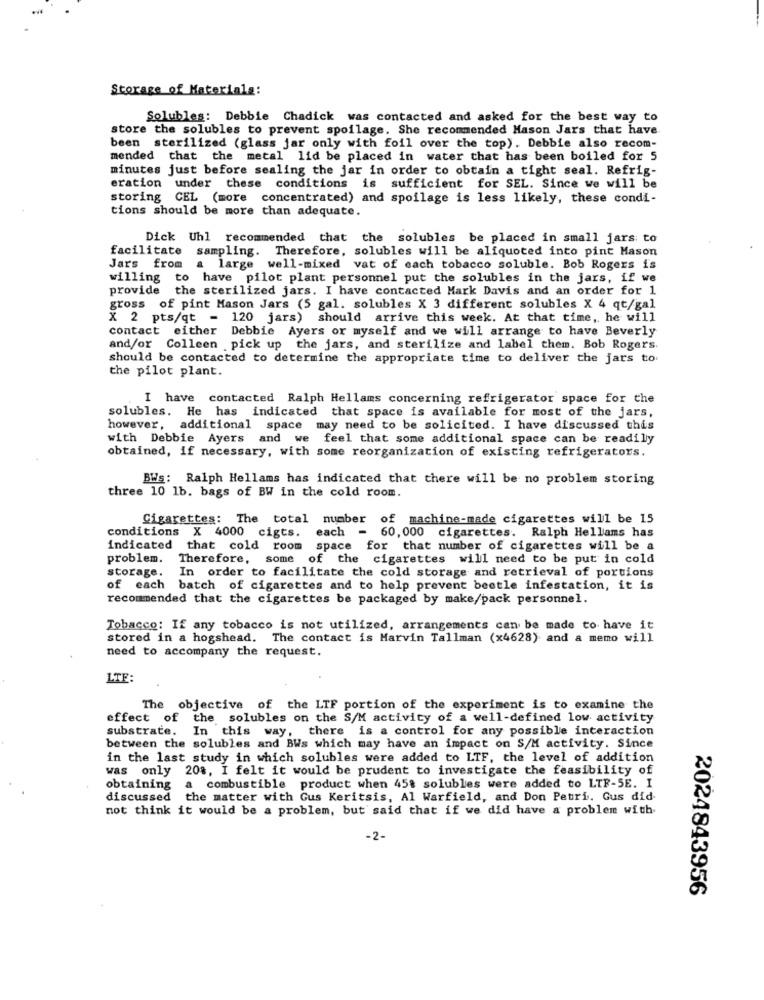
Storage of Materials:
Solubles: Debbie Chadick was contacted and asked for the best way to
store the solubles to prevent spoilage. She recommended Mason Jars that have
been sterilized (glass jar only with foil over the top). Debbie also recom-
mended that the metal lid be placed in water that has been boiled for 5
minutes just before sealing the jar in order to obtain a tight seal. Refrig-
eration under these conditions is sufficient for SEL. Since we will be
storing CEL (more concentrated) and spoilage is less likely, these condi-
tions should be more than adequate.
Dick Uhl recommended that the solubles be placed in small jars: to
facilitate sampling. Therefore, solubles will be aliquoted into pint Mason
Jars from a large well-mixed vat of each tobacco soluble. Bob Rogers is
willing to have pilot plant personnel put the solubles in the jars, if we
provide the sterilized jars. I have contacted Mark Davis and an order for 1
gross of pint Mason Jars (5 gal. solubles X 3 different solubles X 4 qt/gal
X 2 pts/qt = 120 jars) should arrive this week. At that time, he will
contact either Debbie Ayers or myself and we will arrange to have Beverly
and/or Colleen pick up the jars, and sterilize and label them. Bob Rogers.
should be contacted to determine the appropriate time to deliver the jars to.
the pilot plant.
I have contacted Ralph Hellams concerning refrigerator space for the
solubles. He has indicated that space is available for most of the jars,
however, additional space may need to be solicited. I have discussed this
with Debbie Ayers and we feel that some additional space can be readily
obtained, if necessary, with some reorganization of existing refrigerators.
BWs: Ralph Hellams has indicated that there will be no problem storing
three 10 1b. bags of BW in the cold room.
Cigarettes: The total number of machine-made cigarettes will be 15
conditions X 4000 cigts. each - 60,000 cigarettes. Ralph Hellams has
indicated that cold room space for that number of cigarettes will be a
problem.
Therefore, some of the cigarettes will need to be put in cold
storage.
In order to facilitate the cold storage and retrieval of portions
of each batch of cigarettes and to help prevent beetle infestation, it is
recommended that the cigarettes be packaged by make/pack personnel.
Tobacco: If any tobacco is not utilized, arrangements can be made to have it
stored in a hogshead. The contact is Marvin Tallman (x4628) and a memo will
need to accompany the request.
LTE:
The objective of the LTF portion of the experiment is to examine the
effect of the solubles on the S/M activity of a well-defined low activity
substrate. In this way, there is a control for any possible interaction
between the solubles and BWs which may have an impact on S/M activity. Since
in the last study in which solubles were added to LTF, the level of addition
was only 208, I felt it would be prudent to investigate the feasibility of
obtaining
a combustible product when 458 solubles were added to LTF-SE. I
discussed the matter with Gus Keritsis, Al Warfield, and Don Petri. Gus did-
not think it would be a problem, but said that if we did have a problem with
-2-
2024843956